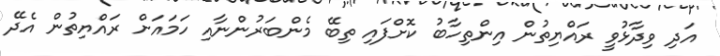
އަދި ވިދާޅުވީ ރައްޔިތުން އިންތިހާބު ކޮށްފައި ތިބޭ މެންބަރުންނާއި ހަމައަށް ރައްޔިތުން އެދޭ